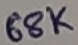
Text: 68K